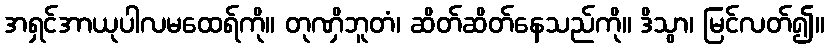
အရှင်အာယုပါလမထေရ်ကို။ တုဏှိဘူတံ၊ ဆိတ်ဆိတ်နေသည်ကို။ ဒိသွာ၊ မြင်လတ်၍။